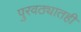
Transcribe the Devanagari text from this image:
पुरवठ्यातही